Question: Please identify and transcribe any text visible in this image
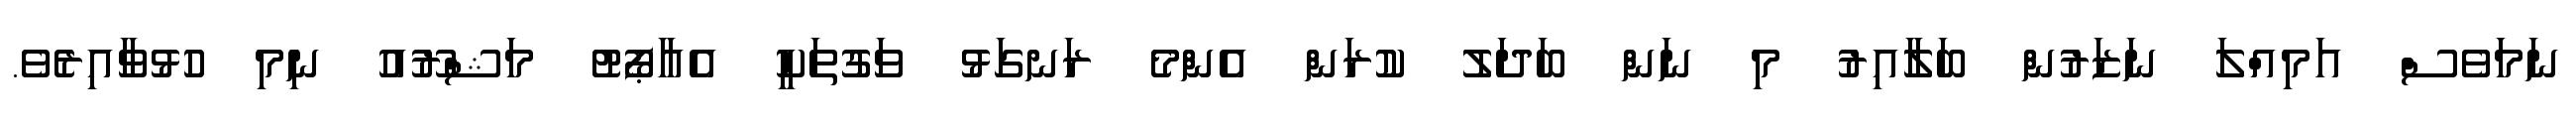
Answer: ނަމަވެސް އަމިއްލަ ނަޒަރުން ބަލާއިރު މި ނަން ބަދަލު ކުރަން އެންމެ ރަނގަޅު ވަގުތަކީ އެއާޕޯޓު މަޝްރޫއު ނިމި ހުޅުވާއިރެވެ.